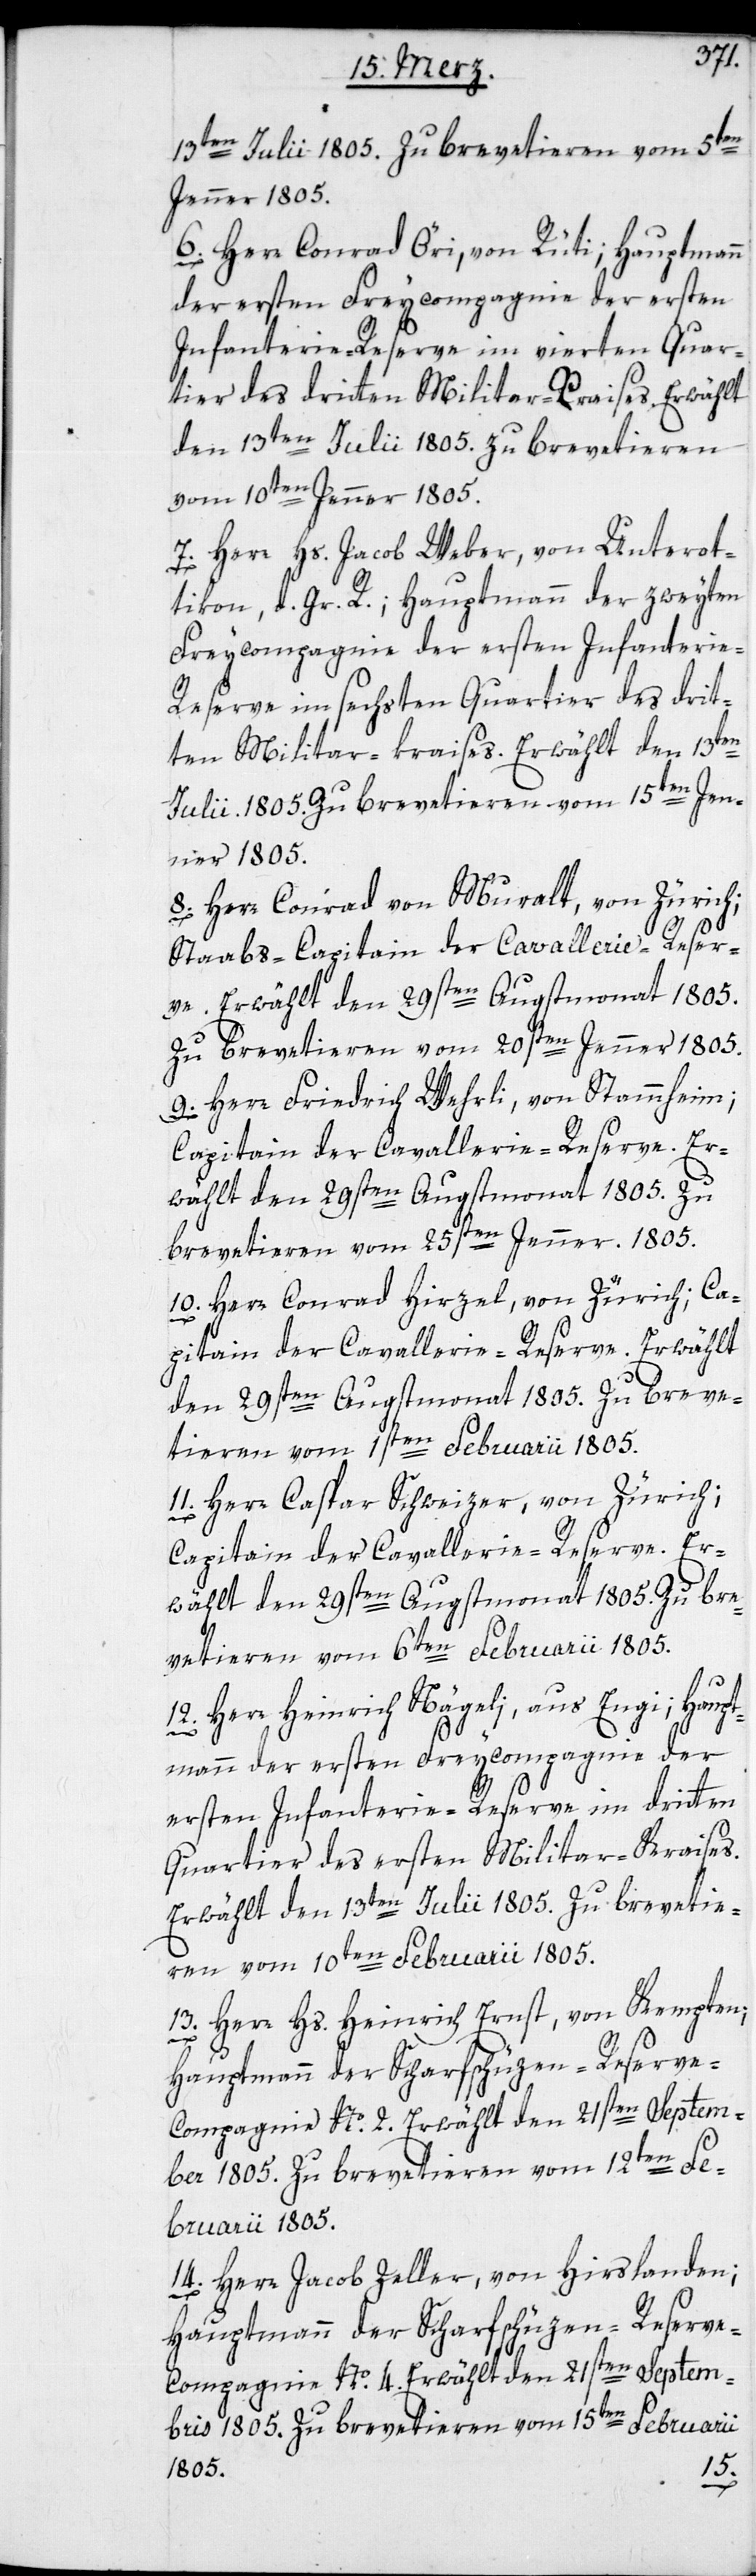
13ten Julii 1805. Zu brevetieren vom 5ten
Jenner 1805.
6. Herr Conrad Öri, von Rüti; Hauptmann
der ersten Freycompagnie der ersten
Infanterie-Reserve im vierten Quar¬
tier des dritten Militair-Kraises. Erwählt
den 13ten Julii 1805. Zu brevetieren
vom 10ten Jenner 1805.
7. Herr Hs. Jacob Weber, von Unterot¬
tikon, d. Gr. R.; Hauptmann der zweyten
Freycompagnie der ersten Infanterie-R¬
eserve im sechsten Quartier des drit¬
ten Militair-kraises. Erwählt den 13ten
Julii 1805. Zu brevetieren vom 15ten Jen¬
ner 1805.
8. Herr Conrad von Muralt, von Zürich;
Staabs-Capitain der Cavallerie-Reser¬
ve. Erwählt den 29sten Augstmonat 1805.
Zu brevetieren vom 20sten Jenner 1805.
9. Herr Friedrich Wehrli, von Stammheim;
Capitain der Cavallerie-Reserve. Er¬
wählt den 29sten Augstmonat 1805. Zu
brevetieren vom 25sten Jenner 1805.
10. Herr Conrad Hirzel, von Zürich; Ca¬
pitain der Cavallerie-Reserve. Erwählt
den 29sten Augstmonat 1805. Zu breve¬
tieren vom 1sten Februarii 1805.
11. Herr Caspar Schweizer, von Zürich;
Capitain der Cavallerie-Reserve. Er¬
wählt den 29sten Augstmonat 1805. Zu bre¬
vetieren vom 6ten Februarii 1805.
12. Herr Heinrich Nägeli, aus Engi; Haupt¬
mann der ersten Freycompagnie der
ersten Infanterie-Reserve im dritten
Quartier des ersten Militar-Kraises.
Erwählt den 13ten Julii 1805. Zu brevetie¬
ren vom 10ten Februarii 1805.
13. Herr Hs. Heinrich Ernst, von Kempten;
Hauptmann der Scharfschüzen-Reserv¬
e-Compagnie No. 2. Erwählt den 21sten Septem¬
ber 1805. Zu brevetieren vom 12ten Fe¬
bruarii 1805.
14. Herr Jacob Zeller, von Hirslanden;
Hauptmann der Scharfschüzen-Reserv¬
e-Compagnie No. 4. Erwählt den 21sten Septem¬
bris 1805. Zu brevetieren vom 15ten Februarii
1805.